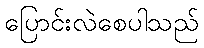
ပြောင်းလဲစေပါသည်